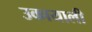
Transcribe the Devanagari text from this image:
उकायाली